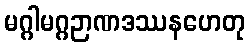
မဂ္ဂါမဂ္ဂဉာဏဒဿနဟေတု